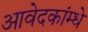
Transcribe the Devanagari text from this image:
आवेदकांम्धे